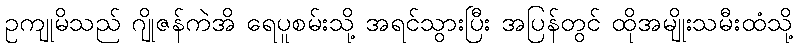
ဥကျုမိသည် ဂျိုဇန်ကဲအိ ရေပူစမ်းသို့ အရင်သွားပြီး အပြန်တွင် ထိုအမျိုးသမီးထံသို့